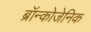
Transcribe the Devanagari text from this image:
ब्रॉन्कोजेनिक